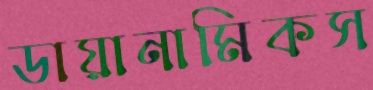
ডায়ানামিকস